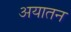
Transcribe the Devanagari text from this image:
अयातन